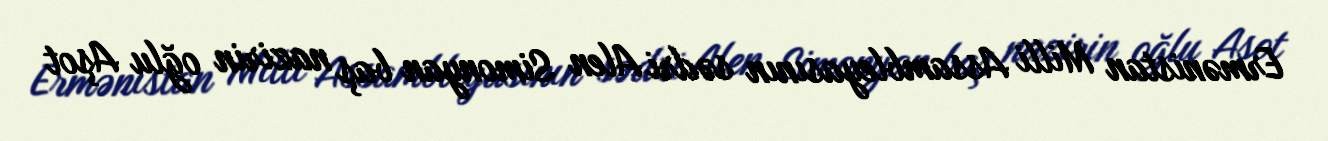
Ermənistan Milli Assambleyasının sədri Alen Simonyan baş nazirin oğlu Aşot